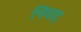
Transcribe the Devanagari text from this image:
निंवाद